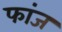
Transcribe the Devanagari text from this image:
फांज